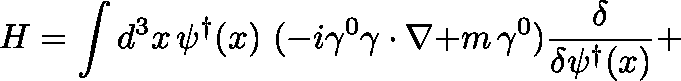
H = \int d ^ { 3 } x \, \psi ^ { \dagger } ( x ) \ ( - i \gamma ^ { 0 } \mathbf { \gamma } \cdot \mathbf { \nabla + } m \, \gamma ^ { 0 } ) \frac { \delta } { \delta \psi ^ { \dagger } ( x ) } +